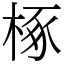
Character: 椓